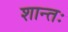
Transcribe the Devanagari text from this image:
शान्तः